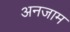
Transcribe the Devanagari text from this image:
अनजाम